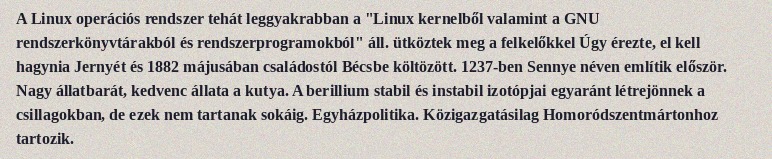
A Linux operációs rendszer tehát leggyakrabban a "Linux kernelből valamint a GNU rendszerkönyvtárakból és rendszerprogramokból" áll. ütköztek meg a felkelőkkel Úgy érezte, el kell hagynia Jernyét és 1882 májusában családostól Bécsbe költözött. 1237-ben Sennye néven említik először. Nagy állatbarát, kedvenc állata a kutya. A berillium stabil és instabil izotópjai egyaránt létrejönnek a csillagokban, de ezek nem tartanak sokáig. Egyházpolitika. Közigazgatásilag Homoródszentmártonhoz tartozik.